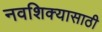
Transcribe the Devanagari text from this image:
नवशिक्यासाठी